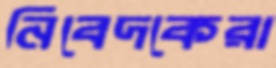
নিবেদকেরা